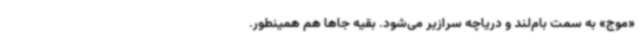
«موج» به سمت بام‌لند و دریاچه سرازیر می‌شود. بقیه جاها هم همینطور.